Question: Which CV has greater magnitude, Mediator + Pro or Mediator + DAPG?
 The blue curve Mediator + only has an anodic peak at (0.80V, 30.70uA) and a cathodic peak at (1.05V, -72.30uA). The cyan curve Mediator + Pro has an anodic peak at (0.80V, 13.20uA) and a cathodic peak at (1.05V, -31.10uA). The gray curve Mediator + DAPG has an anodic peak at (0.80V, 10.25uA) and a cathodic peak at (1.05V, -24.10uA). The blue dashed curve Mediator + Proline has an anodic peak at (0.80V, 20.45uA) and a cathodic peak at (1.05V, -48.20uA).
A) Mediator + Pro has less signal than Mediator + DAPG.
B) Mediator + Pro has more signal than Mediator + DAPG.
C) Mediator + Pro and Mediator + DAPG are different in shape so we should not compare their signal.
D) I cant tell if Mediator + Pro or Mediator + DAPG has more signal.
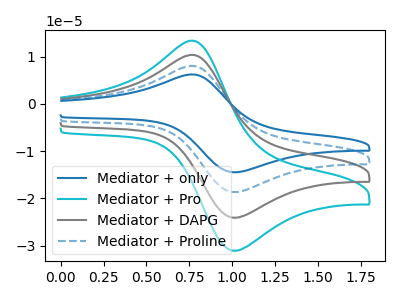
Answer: <think>All the peaks in "Mediator + Pro" have a peak in "Mediator + DAPG" at the same potential. Every peak in "Mediator + Pro" is higher than every peak in "Mediator + DAPG".
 </think>
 <answer>B) "Mediator + Pro" has more signal than "Mediator + DAPG".</answer>
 <eval>B</eval>